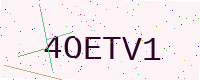
Text: 4OETV1